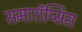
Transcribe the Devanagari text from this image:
समारॉप्सिस